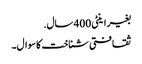
بغیر اینٹی 400 سال.
ثقافتی شناخت کا سوال۔